Insane asylums in Bengal annual reports 1876-1887 - 1876-1887
Year: 1876
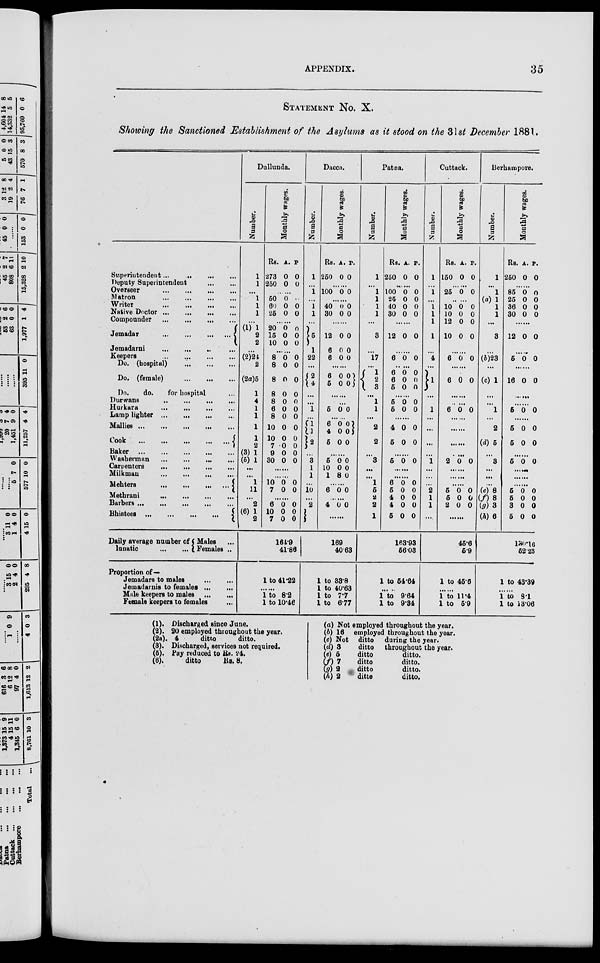
APPENDIX.
35
STATEMENT No. X.
Showing the Sanctioned Establishment of the Asylums as it stood on the 31st December 1881.
Superintendent ... ... ... ...
Deputy Superintendent ... ...
Overseer ... ... ... ...
Matron ... ... ... ...
Writer ... ... ... ...
Native Doctor ... ... ... ...
Compounder ... ... ... ...
Jemadar ... ... ... ...
Jemadarni ... ... ... ...
Keepers ... ... ... ...
Do. (hospital) ... ... ...
Do. (female) ... ... ...
Do.
do.
for hospital ...
Durwans ... ... ... ...
Hurkara ... ... ... ...
Lamp lighter ... ... ... ...
Mallies ... ... ... ... ...
Cook ... ... ... ... ...
Baker ... ... ... ... ...
Washerman ... ... ... ...
Carpenters ... ... ... ...
Milkman ... ... ... ...
Mehters ... ... ... ...
Methrani ... ... ... ...
Barbers ... ... ... ... ...
Bhistees ... ... ...
Daily average number of
lunatic ... ...
Males
Females ..
Proportion of—
Jemadars to males
Jemadarnis to females ...
...
Male keepers to males
Female keepers to females
Dullunda.
Number.
1
1
...
1
1
1
... (1) 1
2
2
...
(2)24
2
(2a)5
1
4
1
1
1
1
2
(3) 1
(5) 1
...
...
1
11
...
2
(6) 1
2
Monthly wages.
Rs.
273
250
A.
0
0
P
0
0
......
50
60
25
0
0
0
...
0
0
......
20
15
10
0
0
0
0
0
0
......
8
8
8
8
8
6
8
10
10
7
9
30
0
0
0
0
0
0
0
0
0
0
0
0
0
0
0
0
0
0
0
0
0
0
0
0
......
......
10
7
0
0
0
0
......
6
10
7
0
0
0
0
0
0
164.9
41.86
1 to 41.22
......
1 to 8.2
1 to 10.46
Dacca.
Number.
1
...
1
...
1
1
...
5
1
22
...
2
4
...
...
1
...
1
1
2
...
3
1
1
...
10
...
2
...
Rs.
250
Monthly wages.
A.
0
P.
0
......
100 0 0
......
40
30
0
0
0
0
......
12
6
6
0
0
0
0
0
0
......
6
5
0
0 0 0
......
......
5 0 0
......
6
4
5
0
0
0
0
0
0
......
5
10
1
0
0
8
0
0
0
......
6 0 0
......
4 0 0
......
169
40.63
1 to 33.8
1 to 40.63
1 to 7.7
1 to 6.77
Patna.
Numbe r
.
1
...
1
1
1
1
...
3
......
17
......
1
2 3
...
1
1
...
2
2
...
3
...
...
1
5
2
2
1
Mont hl y wages .
Rs.
250
A.
0
P.
0
......
100
25
40
30
0
0
0
0
0
0
0
0
......
12 0 0
......
6 0 0
6
6
5
0
0
0
0
0
0
......
5
5
0
0
0
0
......
4
5
0
0
0
0
......
5 0 0
......
......
6
5
4
4
6
0
0
0
0
0
0
0
0
0
0
163.93
56.03
1 to 54.64
......
1 to 9.64
1 to 9.34
Cuttack.
Number.
1
...
1
...
1
1
1
1
...
4
...
1
...
...
1
...
...
...
...
1
...
...
...
2
1
1
...
Monthly wages.
Rs.
150
A.
0
P.
0
......
25 0 0
......
10
10
12
10
0
0
0
0
0
0
0
0
......
6 0 0
......
6 0 0
......
......
6 0 0
......
......
......
......
2 0 0
......
......
......
5
5
2
0
0
0
0
0
0
......
45.6
5.9
1 to 45.6
......
1 to 11.4
1 to 5.9
Berhampore.
Number.
1
...
1
(a)1
1
1
...
3
...
(6)23
...
(c) 1
...
...
1
...
2
(d) 5
...
3
...
...
...
(e) 8
(f)8
(g) 3
(h) 6
Monthly wages.
Rs
250
A.
0
P.
0
......
85
25
36
30
0
0
0
0
0
0
0
0
......
12 0 0
......
5 0 0
......
16 0 11
......
......
5 0 0
...
5
5
0
0
0
0
......
5 0 0
......
......
......
5
6
3
5
0
0
0
0
0
0
0
0
130.16
52.23
1 to 43.39
......
1 to 8.1
1 to13.06
(1).
(2).
(2a).
(3).
(5).
(6).
Discharged since June.
20 employed throughout the year.
4
ditto
ditto.
Discharged, services not required.
Pay reduced to Us. 24.
ditto
Rs. 8.
(a) Not employed throughout the year.
(b) 16 employed throughout the year.
(c) Not
ditto
during the year.
(d) 3
ditto
throughout the year.
(e) 5
ditto
ditto.
(f) 7
ditto
ditto.
(g) 2
ditto
ditto.
(h) 2
ditto
ditto.